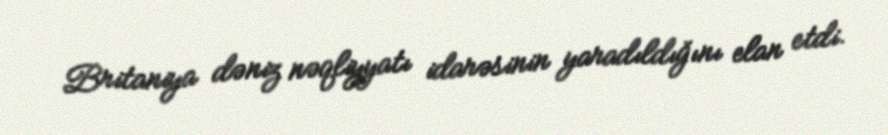
Britaniya dəniz nəqliyyatı idarəsinin yaradıldığını elan etdi.